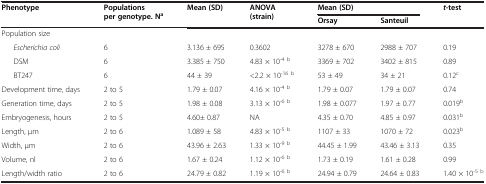
| <ROWSPAN=2> Phenotype | <ROWSPAN=2> Populations per genotype. Na | <ROWSPAN=2> Mean (SD) | <ROWSPAN=2> ANOVA (strain) | <COLSPAN=2> Mean (SD) | t-test |
 | Orsay | Santeuil |  |
 | --- | --- | --- | --- | --- | --- | --- |
 | Population size |  |  |  |  |  |  |
 | Escherichia coli | 6 | 3.136 ± 695 | 0.3602 | 3278 ± 670 | 2988 ± 707 | 0.19 |
 | DSM | 6 | 3.385 ± 750 | 4.83 × 10-4b | 3369 ± 702 | 3402 ± 815 | 0.89 |
 | BT247 | 6 | 44 ± 39 | <2.2 × 10-16b | 53 ± 49 | 34 ± 21 | 0.12c |
 | Development time, days | 2 to 5 | 1.79 ± 0.07 | 4.16 × 10-4b | 1.79 ± 0.07 | 1.79 ± 0.07 | 0.74 |
 | Generation time, days | 2 to 5 | 1.98 ± 0.08 | 3.13 × 10-6b | 1.98 ± 0.077 | 1.97 ± 0.77 | 0.019b |
 | Embryogenesis, hours | 2 to 5 | 4.60± 0.87 | NA | 4.35 ± 0.70 | 4.85 ± 0.97 | 0.031b |
 | Length, μm | 2 to 6 | 1.089 ± 58 | 4.83 × 10-5b | 1107 ± 33 | 1070 ± 72 | 0.023b |
 | Width, μm | 2 to 6 | 43.96 ± 2.63 | 1.33 × 10-9b | 44.45 ± 1.99 | 43.46 ± 3.13 | 0.35 |
 | Volume, nl | 2 to 6 | 1.67 ± 0.24 | 1.12 × 10-6b | 1.73 ± 0.19 | 1.61 ± 0.28 | 0.99 |
 | Length/width ratio | 2 to 6 | 24.79 ± 0.82 | 1.19 × 10-6b | 24.94 ± 0.79 | 24.64 ± 0.83 | 1.40 × 10-5b |